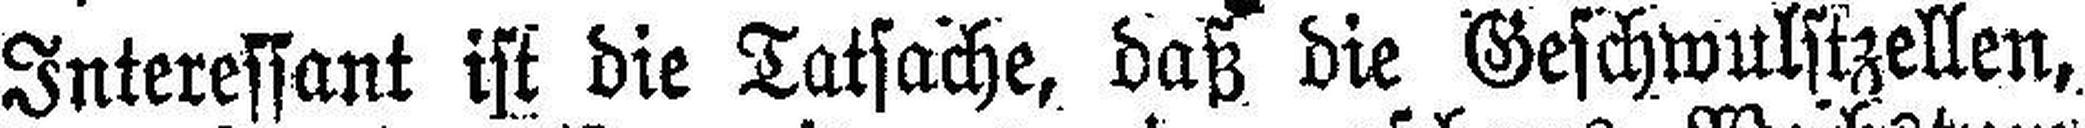
Interessant ist die Tatsache, daß die Geschwulstzellen,